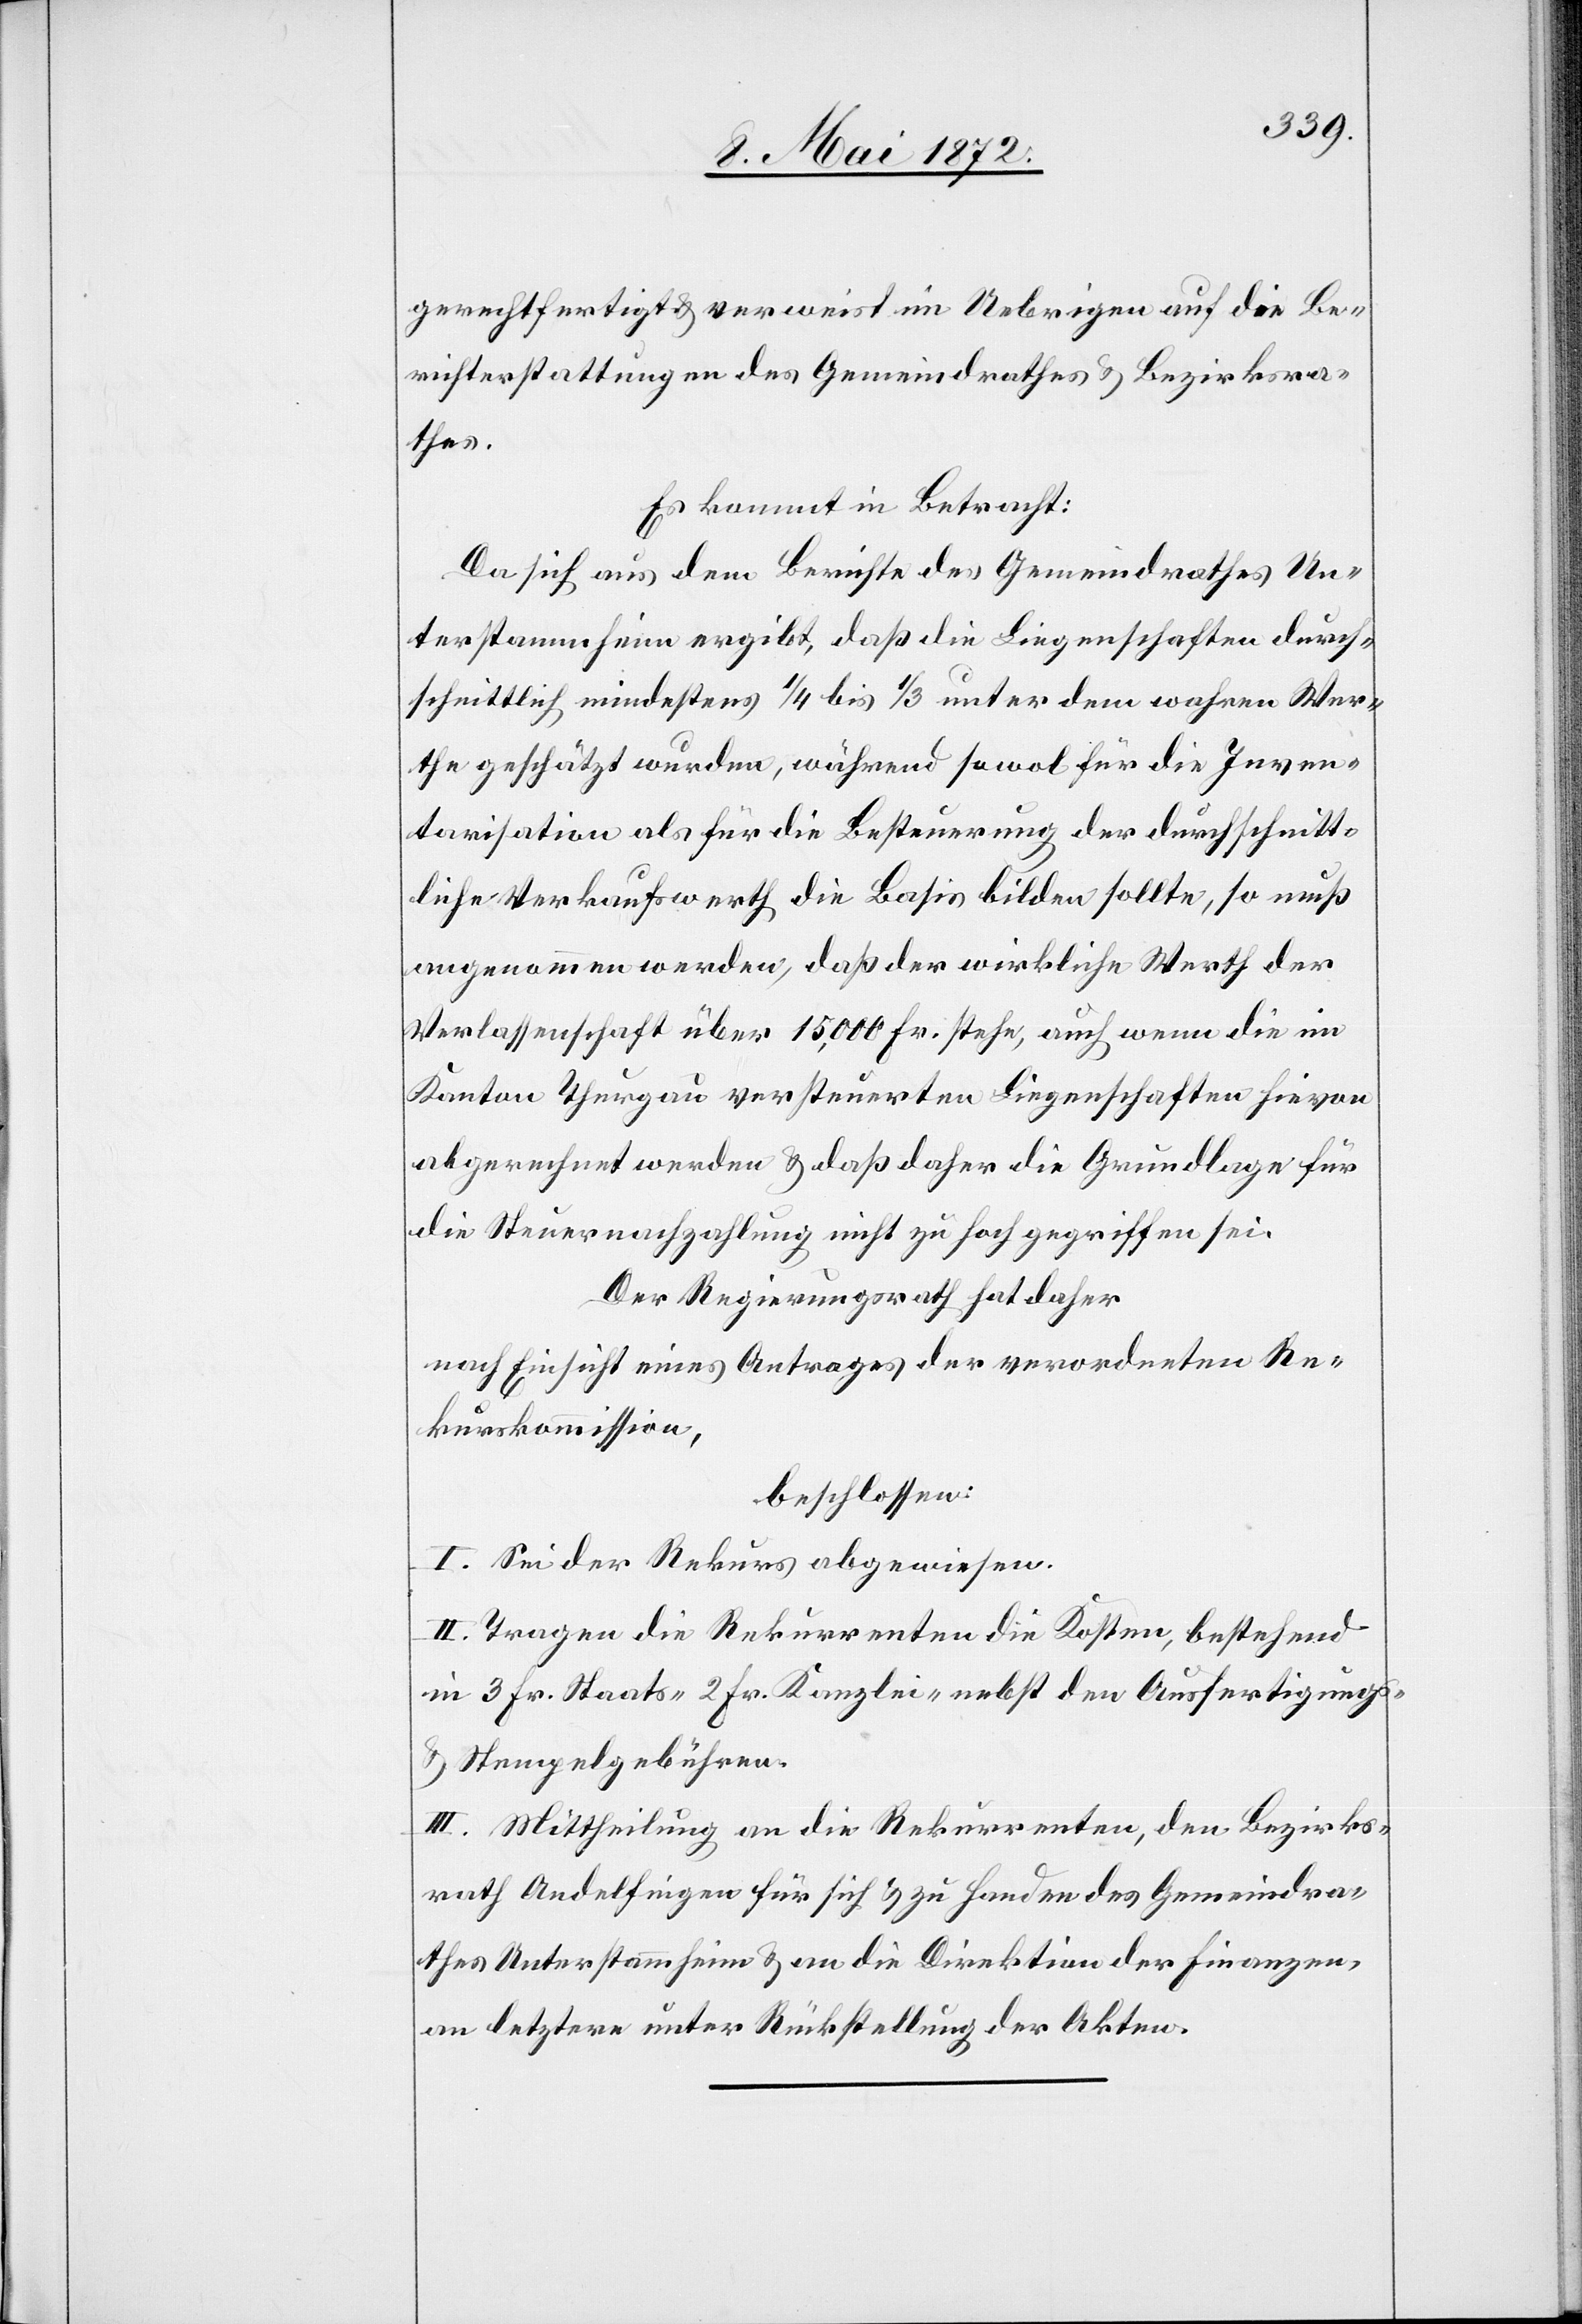
gerechtfertigt u. verweist im Uebrigen auf die Be¬
richterstattungen des Gemeindrathes u. Bezirksra¬
thes.
Es kommt in Betracht:
Da sich aus dem Berichte des Gemeindrathes Un¬
terstammheim ergibt, daß die Liegenschaften durch¬
schnittlich mindestens 1/4 bis 1/3 unter dem wahren Wer¬
the geschätzt wurden, während sowol für die Inven¬
tarisation als für die Besteuerung der durchschnitt¬
liche Verkaufswerth die Basis bilden sollte, so muß
angenommen werden, daß der wirkliche Werth der
Verlassenschaft über 15,000 Fr. stehe, auch wenn die im
Kanton Thurgau versteuerten Liegenschaften hievon
abgerechnet werden u. daß daher die Grundlage für
die Steuernachzahlung nicht zu hoch gegriffen sei.
Der Regierungsrath hat daher
nach Einsicht eines Antrages der verordneten Re¬
kurskommission,
beschlossen:
I. Sei der Rekurs abgewiesen.
II. Tragen die Rekurrenten die Kosten, bestehend
in 3 Fr. Staats-[,] 2 Fr. Kanzlei-[,] nebst den Ausfertigungs-
u. Stempelgebühren.
III. Mittheilung an die Rekurrenten, den Bezirks¬
rath Andelfingen für sich u. zu Handen des Gemeindra¬
thes Unterstammheim u. an die Direktion der Finanzen,
an letztere unter Rückstellung der Akten.